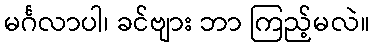
မင်္ဂလာပါ၊ ခင်ဗျား ဘာ ကြည့်မလဲ။